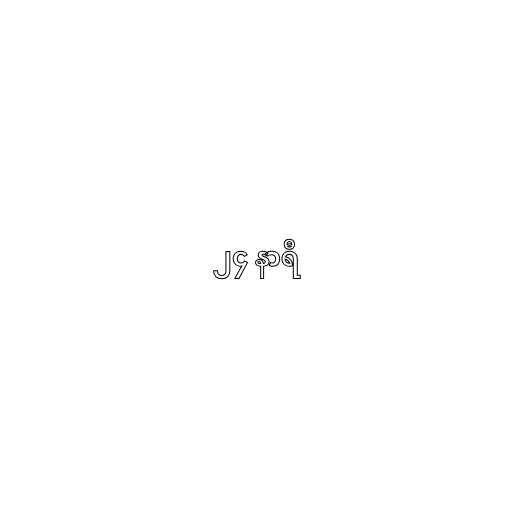
၂၄ နာရီ